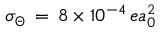
\sigma _ { \Theta } \, = \, 8 \times 1 0 ^ { - 4 } \, e a _ { 0 } ^ { 2 }